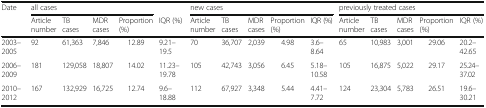
| <ROWSPAN=2> Date | <COLSPAN=4> all cases |  | <COLSPAN=5> new cases | <COLSPAN=5> previously treated cases |
 | Article number | TB cases | MDR cases | Proportion (%) | IQR (%) | Article number | TB cases | MDR cases | Proportion (%) | IQR (%) | Article number | TB cases | MDR cases | Proportion (%) | IQR (%) |
 | --- | --- | --- | --- | --- | --- | --- | --- | --- | --- | --- | --- | --- | --- | --- | --- |
 | 2003–2005 | 92 | 61,363 | 7,846 | 12.89 | 9.21–19.5 | 70 | 36,707 | 2,039 | 4.98 | 3.6–8.64 | 65 | 10,983 | 3,001 | 29.06 | 20.2–42.65 |
 | 2006–2009 | 181 | 129,058 | 18,807 | 14.02 | 11.23–19.78 | 105 | 42,743 | 3,056 | 6.45 | 5.18–10.58 | 105 | 16,875 | 5,022 | 29.17 | 25.24–37.02 |
 | 2010–2012 | 167 | 132,929 | 16,725 | 12.74 | 9.6–18.88 | 112 | 67,927 | 3,348 | 5.44 | 4.41–7.72 | 124 | 23,304 | 5,783 | 26.51 | 19.6–30.21 |